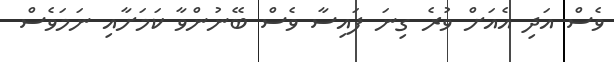
ވެސް އަދި އެއަށް ވުރެ ގިނަ ފައިސާ ވެސް ބޭނުންވާ ކަމަށާއި ނަމަވެސް